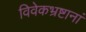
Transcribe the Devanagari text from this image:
विवेकभ्रष्टानां